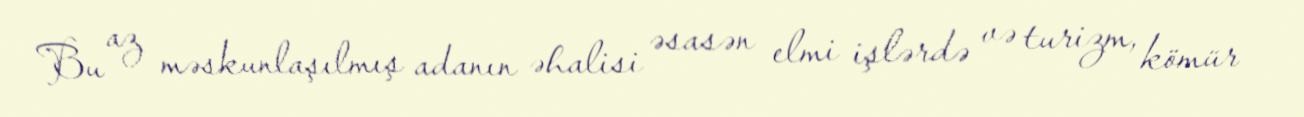
Bu az məskunlaşılmış adanın əhalisi əsasən elmi işlərdə və turizm, kömür